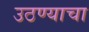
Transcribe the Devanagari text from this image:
उठण्याचा